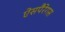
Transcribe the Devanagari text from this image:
ऐसपैरेगस